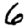
Digit: 6